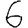
Digit: 6